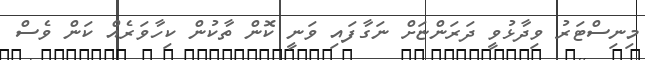
މިނިސްޓަރު ވިދާޅުވީ ދަރަންޏަށް ނަގާފައި ވަނީ ކޮން ތާކުން ކިހާވަރެއް ކަން ވެސް